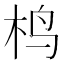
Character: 㭤